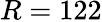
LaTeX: R=122